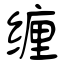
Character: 缠